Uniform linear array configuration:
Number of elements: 16
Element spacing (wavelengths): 0.75
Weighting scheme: hann
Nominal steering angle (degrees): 15
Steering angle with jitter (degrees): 13.303
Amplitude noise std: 0.05
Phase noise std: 0.05

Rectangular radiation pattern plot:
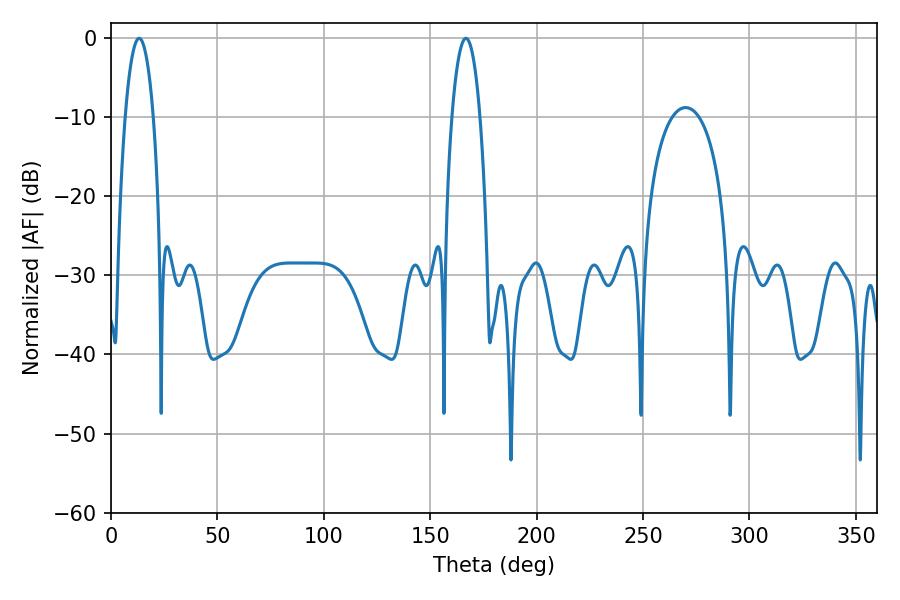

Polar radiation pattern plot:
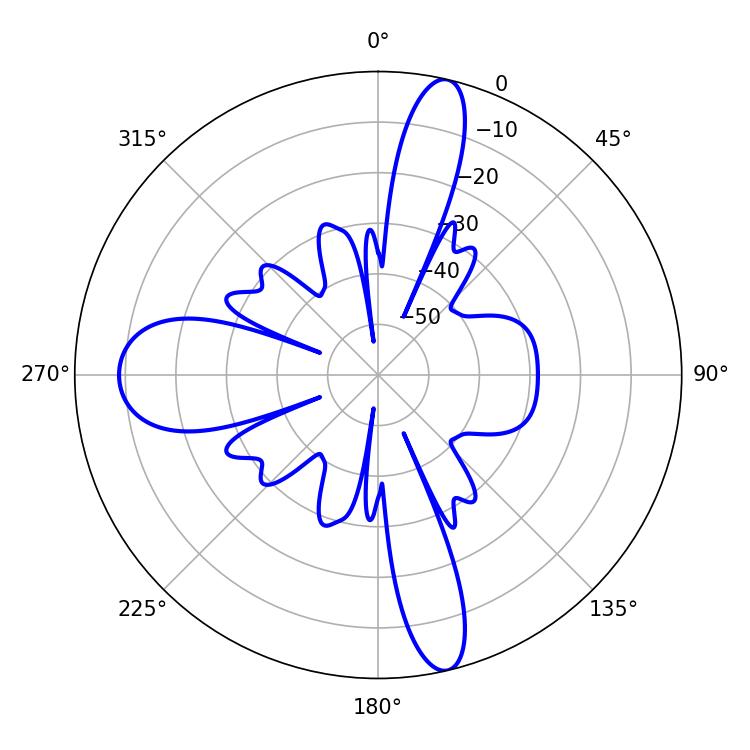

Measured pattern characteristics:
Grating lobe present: TRUE
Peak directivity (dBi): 20.301
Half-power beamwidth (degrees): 7.38
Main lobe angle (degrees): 13.14